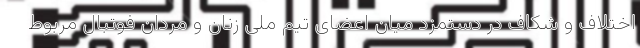
اختلاف و شکاف در دستمزد میان اعضای تیم ملی زنان و مردان فوتبال مربوط